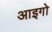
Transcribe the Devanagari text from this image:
आइगो